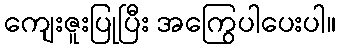
ကျေးဇူးပြုပြီး အကြွေပါပေးပါ။